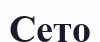
Сето